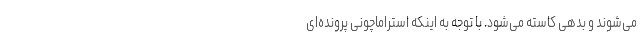
می‌شوند و بدهی کاسته می‌شود. با توجه به اینکه استراماچونی پرونده‌ای